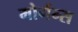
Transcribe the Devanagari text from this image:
मोर्गन्स